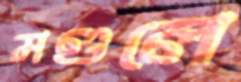
মণ্ডলে